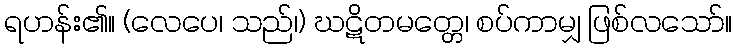
ရဟန်း၏။ (လေပေ၊ သည်၊) ဃဋိတမတ္တေ၊ စပ်ကာမျှ ဖြစ်လသော်။